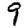
Digit: 9